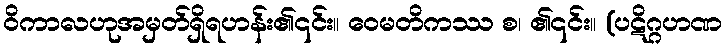
ဝိကာလဟုအမှတ်ရှိရဟန်း၏၎င်း။ ဝေမတိကဿ စ၊ ၏၎င်း။ (ပဋိဂ္ဂဟဏ